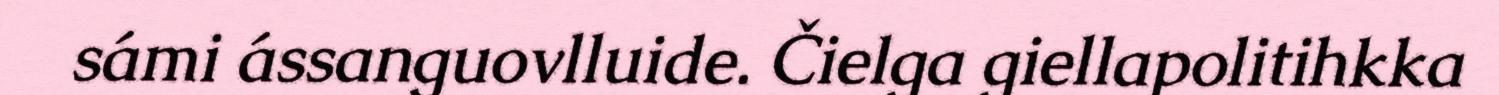
sámi ássanguovlluide. Čielga giellapolitihkka